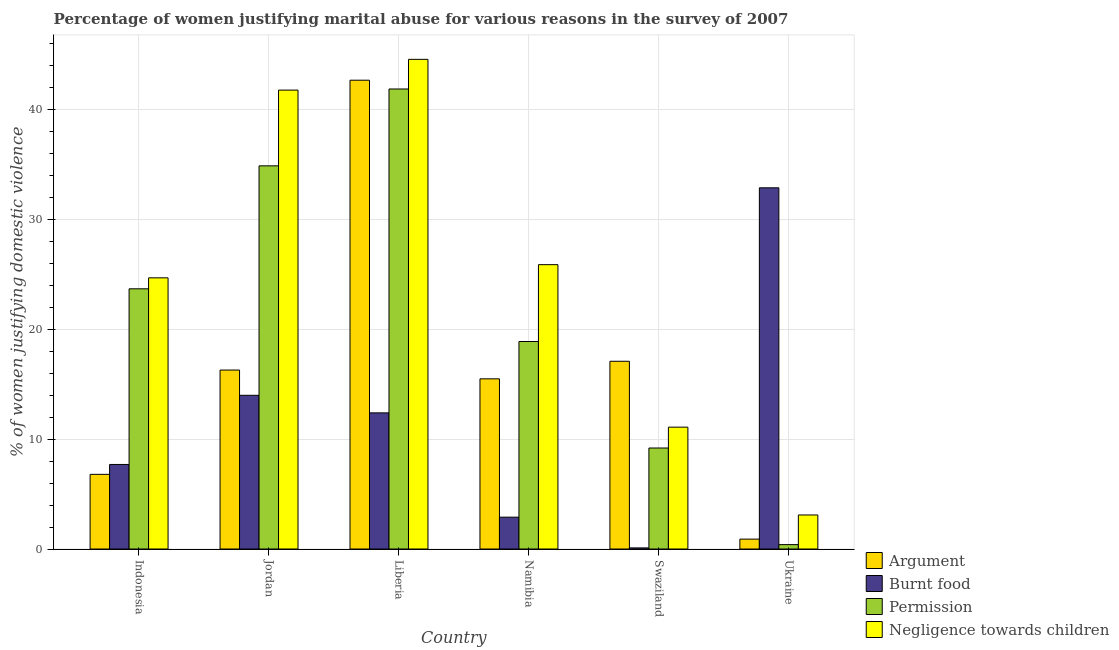
| Country | Argument | Burnt food | Permission | Negligence towards children |
 | --- | --- | --- | --- | --- |
 | Indonesia | 6.8 | 7.7 | 23.7 | 24.7 |
 | Jordan | 16.3 | 14 | 34.9 | 41.8 |
 | Liberia | 42.7 | 12.4 | 41.9 | 44.6 |
 | Namibia | 15.5 | 2.9 | 18.9 | 25.9 |
 | Swaziland | 17.1 | 0.1 | 9.2 | 11.1 |
 | Ukraine | 0.9 | 32.9 | 0.4 | 3.1 |